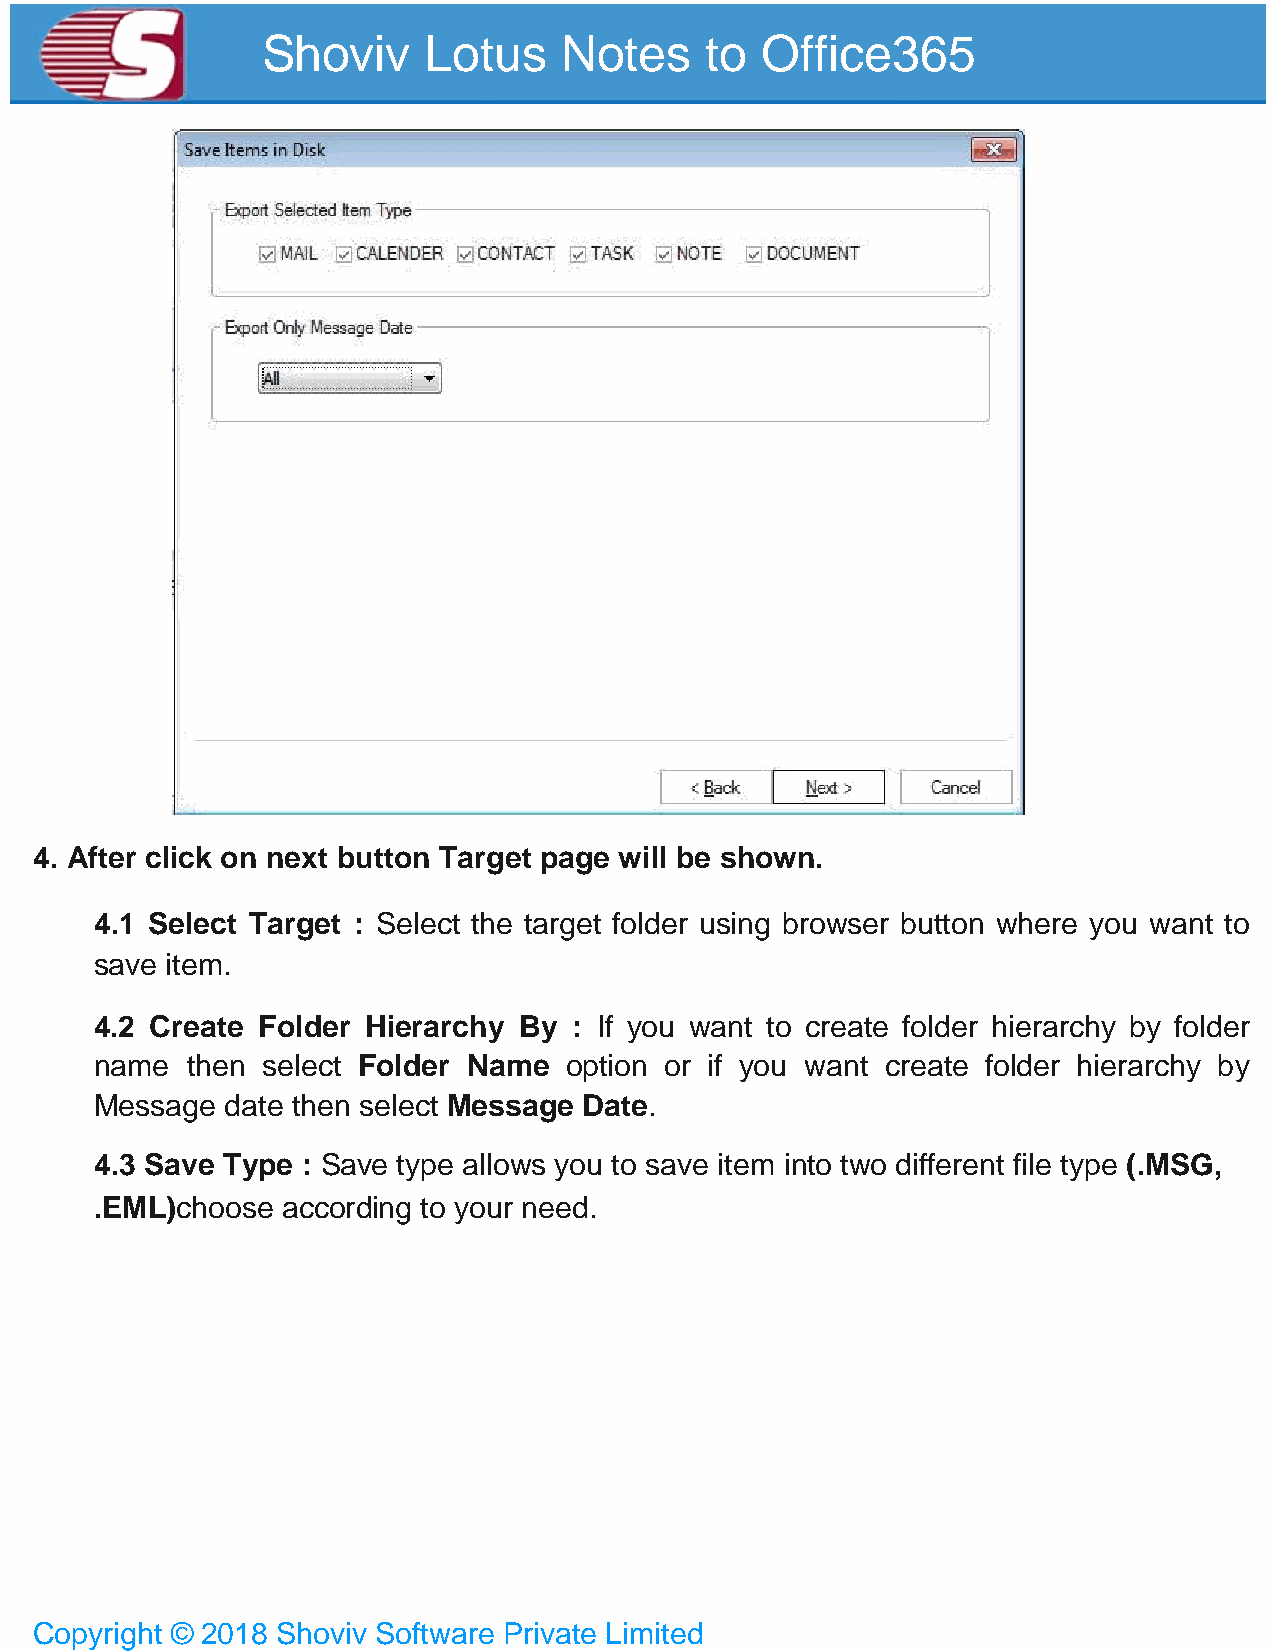
Shoviv     Lotus    Notes     to Office365
 4. After click on next button Target page will be shown.
 4.1 Select Target : Select the target folder using browser button where you want to
 save item.
 4.2 Create Folder Hierarchy By  : If you want to create folder hierarchy by folder
 name  then select Folder Name  option or if you want create folder hierarchy by
 Message  date then select Message Date.
 4.3 Save Type : Save type allows you to save item into two different file type (.MSG,
 .EML)choose  according to your need.
 Copyright © 2018 Shoviv Software Private Limited